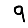
Digit: 9